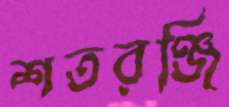
শতরঞ্জি